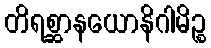
တိရစ္ဆာနယောနိဂါမိဉ္စ